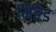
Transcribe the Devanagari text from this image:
मिहैड